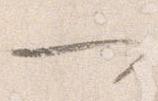
一